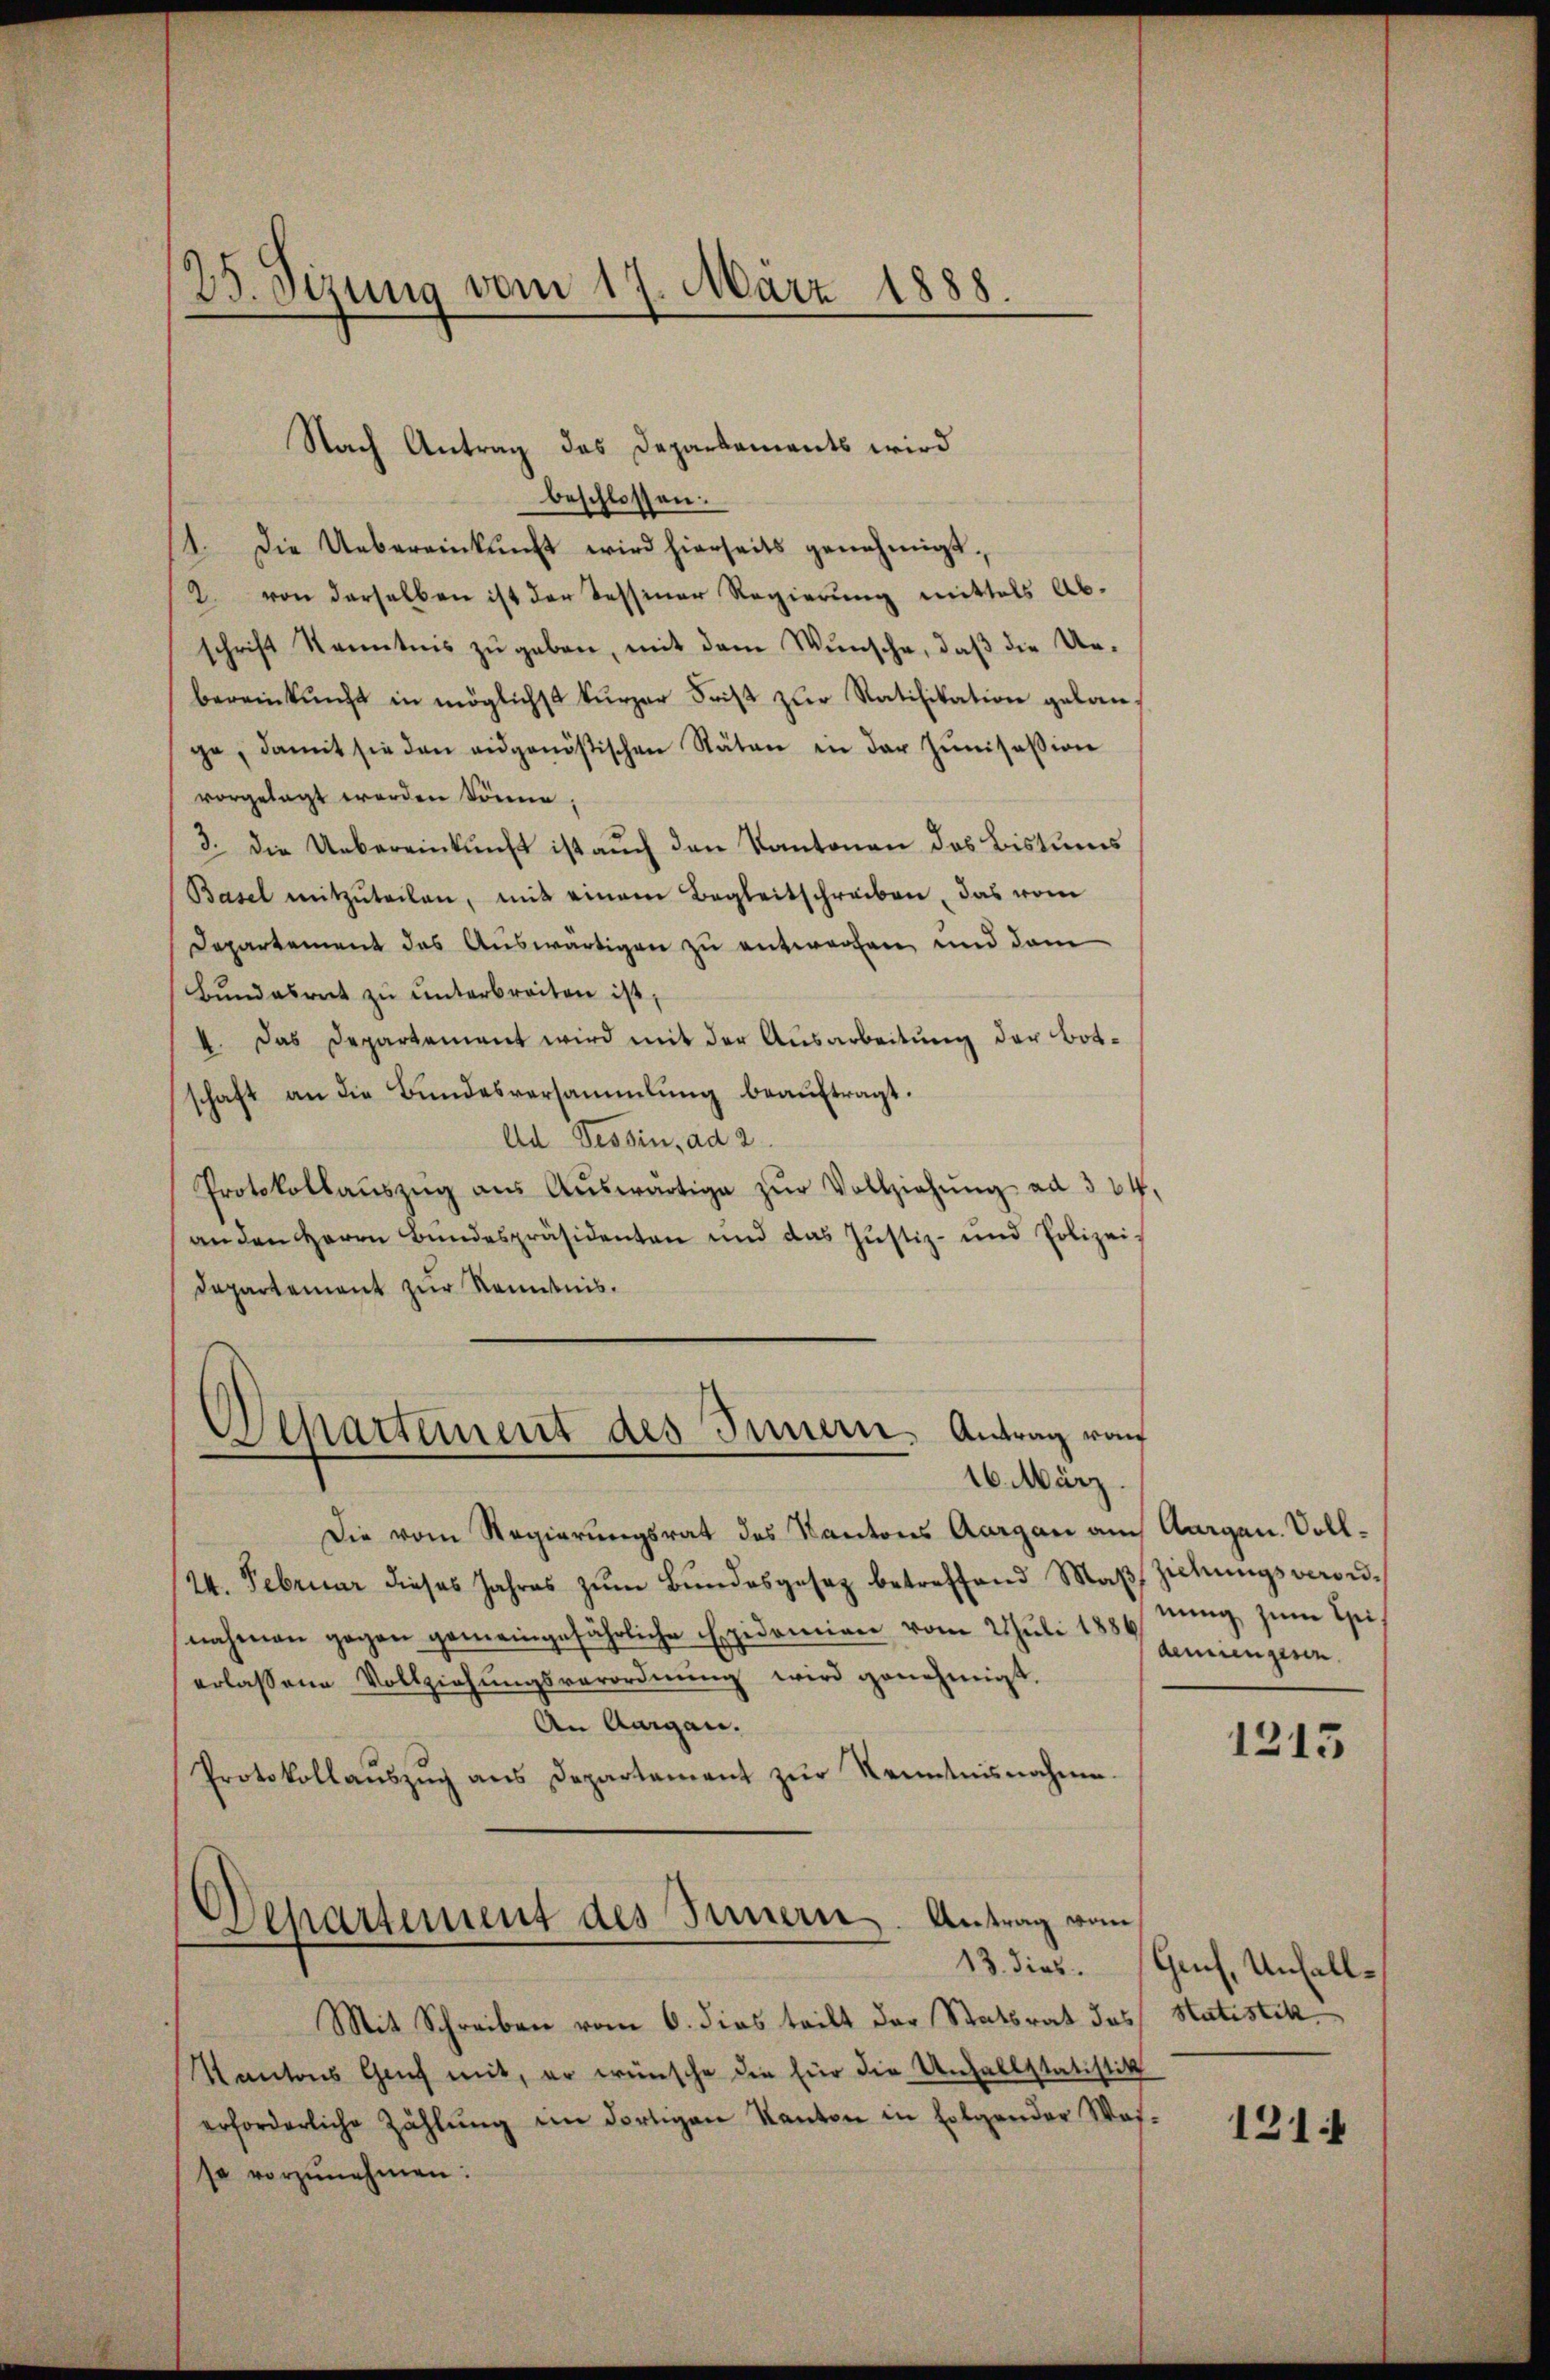
25. Sizung vom 17. März 1888.

Nach Antrag des Departements wird
beschlossen:
1. Die Uebereinkunft wird hierseits genehmigt.
2. von derselben ist der Tessiner Regierung mittels Abschrift Kenntnis zŭ geben, mit dem Wunsche, daß die Un-
bereinkunft in möglichst kürzer Frist zŭr Ratifikation gelan-
ge, damit sie den eidgenößischen Stäten in der Jŭnisation
vorgelegt worden könne.
3. Die Uebereinkunft ist auch den Kantonen das Bistums
Basel mitzŭteilen, mit einem Begleitschreiben, das vom
Departement des Auswärtigen zu entworfen und dem
Bŭndesrat zŭ ŭnterbreiten ist,
4. Das Departement wird mit der Ausarbeitung der Botschaft an die Bŭndesversammlung beaŭftragt.
Ad Tessin, ad 2.
Protokollaŭszŭg aŭs Aŭswärtige zŭr Vollziehŭng ad 334.
an den Herrn Bundespräsidenten und das Justiz- und Polizei¬
Departement zur Kenntnis.
Separtement des Innern, Antrag rau

16. März

Die vom Regierungsrat des Kantons Aargau am Aargau. Voll¬
24. Februar dieses Jahres zŭm Bŭndesgesetz betreffend Maβ ziehungsverordnahmen gegen gemeingefährliche Epidemien vom 2 Juli 1857 genienzen
erlassene Vollziehŭngsverordnŭng wird genehmigt.
An Augen.
Protokollaŭszŭg ans Departement zŭr Kenntnisnahme.
Departement des Innern. Antrag vom
.
13. dies
Mit Schreiben vom 6. dies teilt der Statsrat des
Kantons Genf mit, er wünsche die für die Unfallstatistik
erforderliche Zählŭng im dortigen Kanton in Folgender Was
so vorzŭnehmen:

nung zum Spi¬

1213

Guch, Unfall¬
Statistik

1211